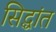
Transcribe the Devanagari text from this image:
सिद्धांत